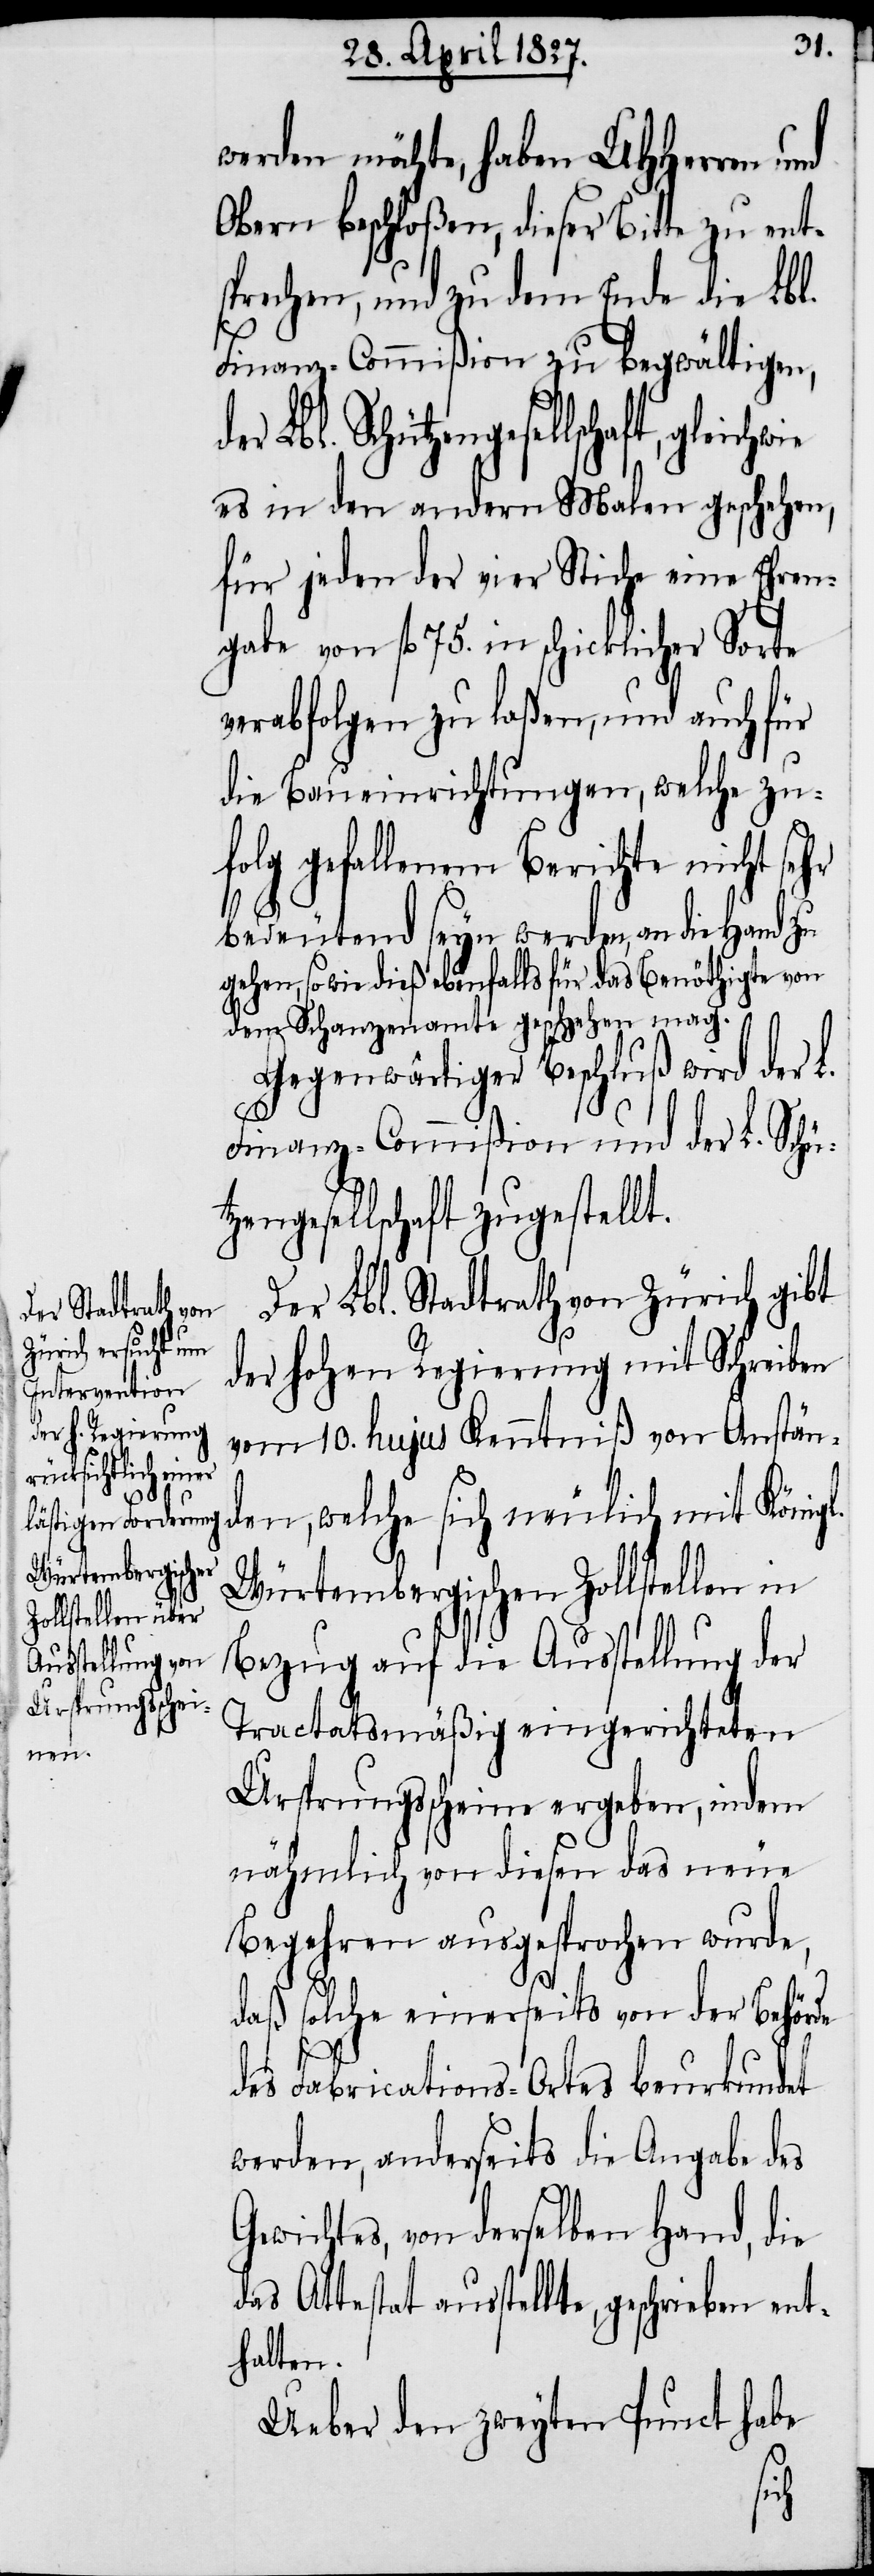
L.

werden möchte, haben UHHerren und
Obern beschloßen, dieser Bitte zu ent¬
sprechen, und zu dem Ende die Lbl.
Finanz-Commißion zu begwältigen,
er Lbl. Schützengesellschaft,
es in den andern Malen geschehen,
für jeden der vier Stiche eine Ehren¬
gabe von fl. 75. in schicklicher Sorte
verabfolgen zu laßen, und auch für
die Baueinrichtungen, welche zu¬
folg gefallenem Berichte nicht se¬
bedeutend seyn werden, an die Hand zu
gehen, so wie dieß ebenfalls für das Benöthigte von
dem Schanzenamte geschehen mag.
der
Gegenwärtiger Beschluß wird
Finanz-Commißion und der L. Schü¬
tzengesellschaft zugestellt.
Der Lbl. Stadtrath von Zürich gibt
der Hohen Regierung mit Schreiben
vom 10. hujus Kenntniß von Anstän¬
den, welche sich neulich mit Königl.
Würtembergischen Zollstellen in
Bezug auf die Ausstellung der
Tractatsmäßig eingerichteten
Ursprungsscheine ergeben, indem
nähmlich von diesen das neue
Begehren ausgesprochen wurde,
daß solche einerseits von der Behörde
des Fabrications-Ortes beurkundet
werden, anderseits die Angabe des
Gewichtes, von derselben Hand, die
das Attestat ausstellte, geschrieben ent¬
halten.
Ueber den zweyten Punct habe